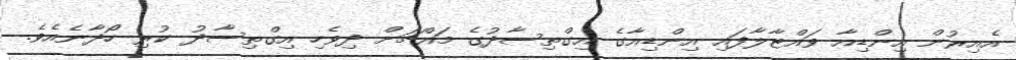
އެއިރުން އިންޑިއާ ވައްޓާލާފައި އިންޑިއާގެ އިގްތިސާދުގެ މައްޗަށް ދިވެހި އިގްތިސާދު ކުރި ހޯދާނެއެވެ.